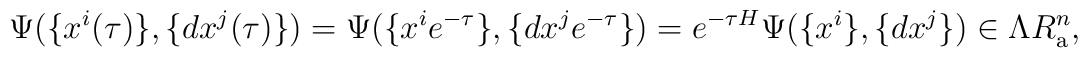
\Psi(\{ x^i(\tau)\} ,\{ dx^j(\tau)\})=\Psi(\{ x^i e^{-\tau}\} ,\{ dx^j e^{-\tau} \} )=e^{-\tau H}\Psi(\{ x^i \} ,\{ dx^j \} )\in \Lambda R^n_{\rm a},